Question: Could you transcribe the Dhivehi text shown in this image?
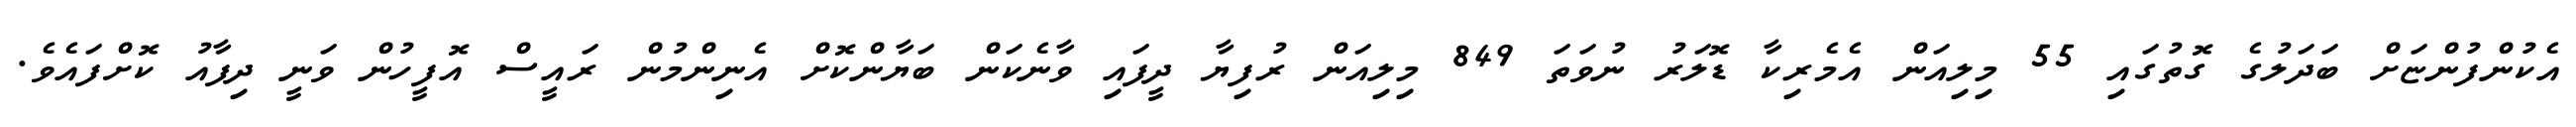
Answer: އެކުންފުންޏަށް ބަދަލުގެ ގޮތުގައި 55 މިލިއަން އެމެރިކާ ޑޮލަރު ނުވަތަ 849 މިލިއަން ރުފިޔާ ދީފައި ވާނެކަން ބަޔާންކޮށް އެނިންމުން ރައީސް އޮފީހުން ވަނީ ދިފާއު ކޮށްފައެވެ.